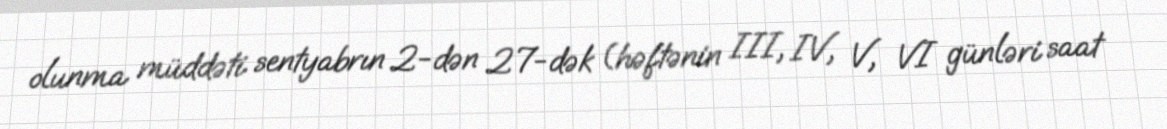
olunma müddəti sentyabrın 2-dən 27-dək (həftənin III, IV, V, VI günləri saat